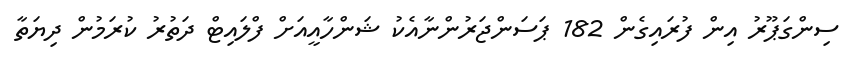
ސިންގަޕޫރު އިން ފުރައިގެން 182 ޕަސަންޖަރުންނާއެކު ޝަންހާއީއަށް ފްލައިޓް ދަތުރު ކުރަމުން ދިޔަތާ